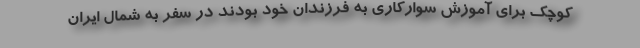
کوچک برای آموزش سوارکاری به فرزندان خود بودند در سفر به شمال ایران